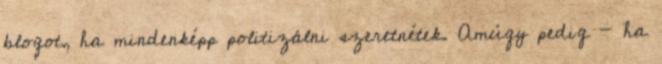
blogot, ha mindenképp politizálni szeretnétek. Amúgy pedig - ha